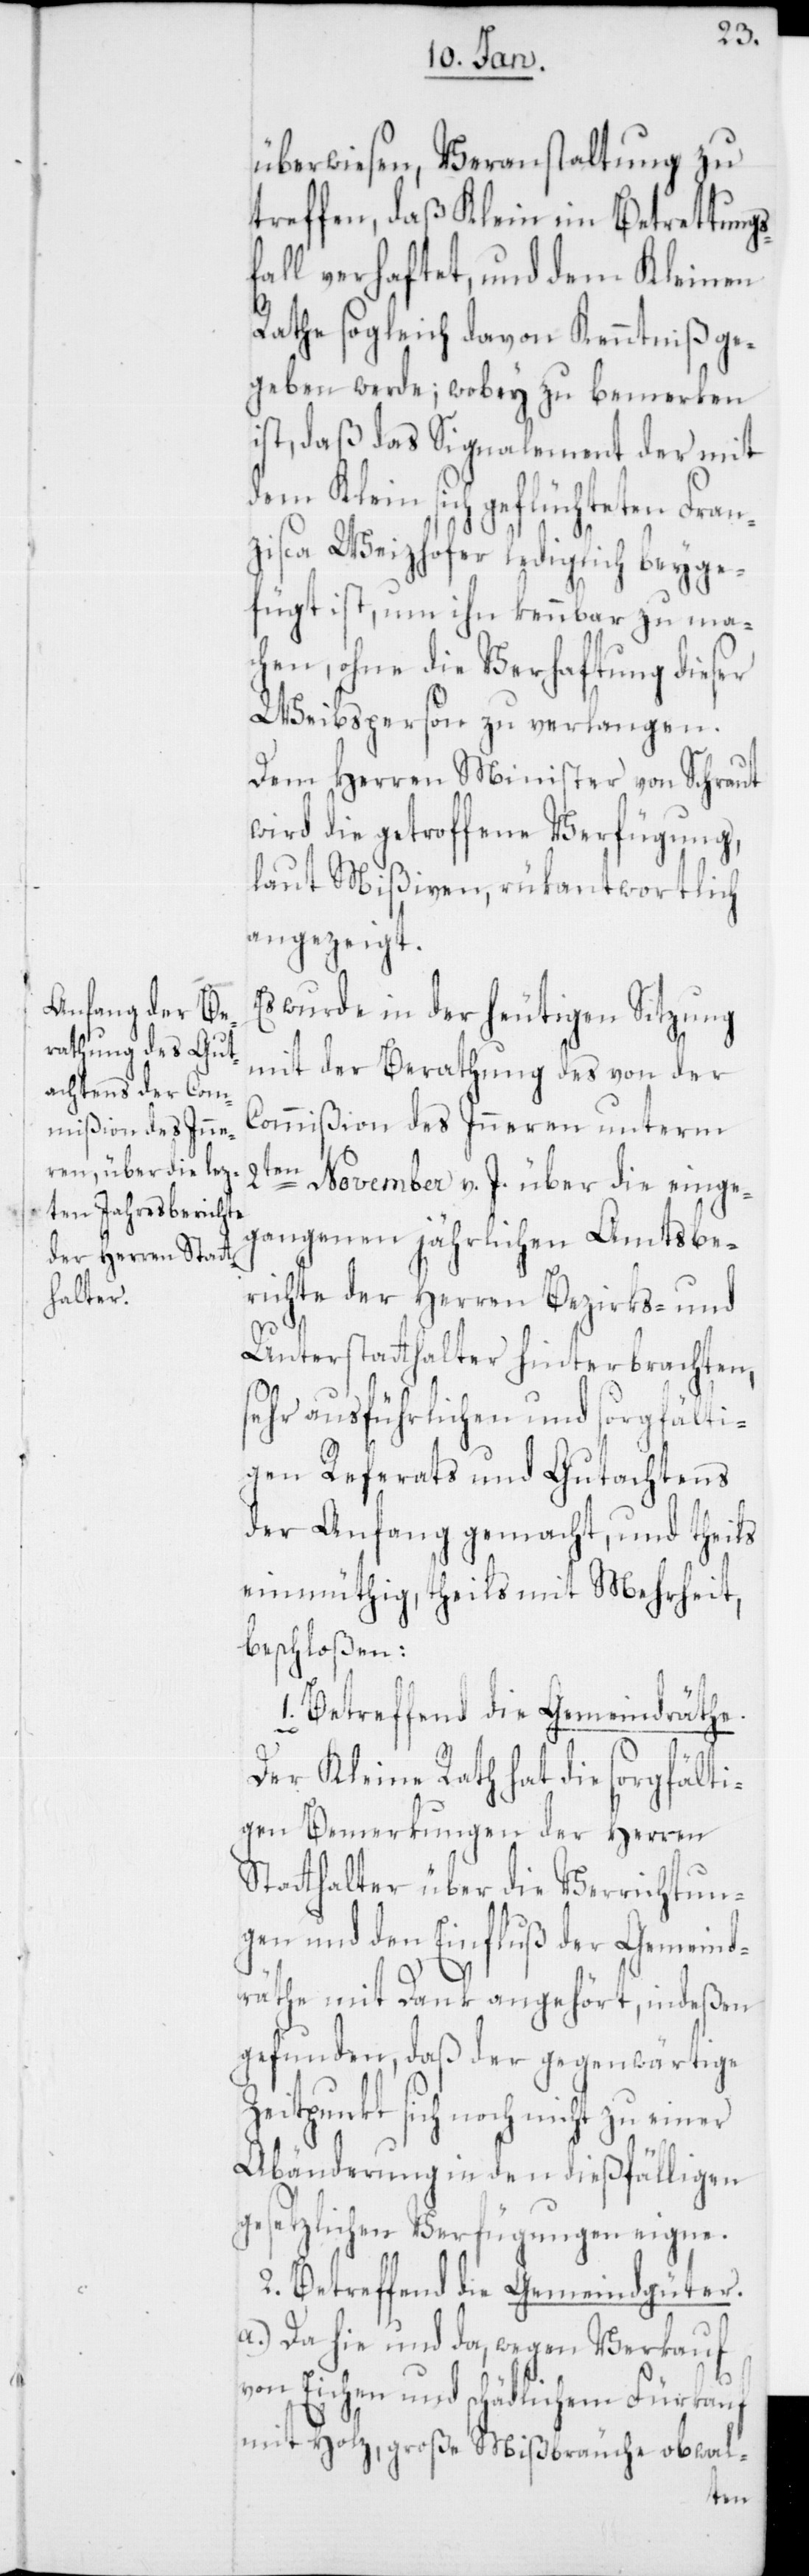
überwiesen, Veranstaltung zu
treffen, daß Klein im Betrettungs¬
fall verhaftet, und dem Kleinen
Rathe sogleich davon Kenntniß ge¬
geben werde; wobey zu bemerken
ist, daß das Signalement der mit
dem Klein sich geflüchteten Fran¬
zisca Weizhofer lediglich beyge¬
fügt ist, um ihn kennbar zu ma¬
chen, ohne die Verhaftung dieser
Weibsperson zu verlangen.
Dem Herren Minister von Schraut
wird die getroffene Verfügung,
laut Mißiven, rükantwortlich
angezeigt.
Es wurde in der heutigen Sitzung
mit der Berathung des von der
Commißion des Inneren unterm
November v. J. über die einge¬
gangenen jährlichen Amtsbe¬
richte der Herren Bezirks- und
Unterstatthalter hinterbrachten,
sehr ausführlichen und sorgfälti¬
gen Referats und Gutachtens
der Anfang gemacht, und theils
einmüthig, theils mit Mehrheit,
beschloßen:
1. Betreffend die Gemeindräthe.
Der Kleine Rath hat die sorgfälti¬
gen Bemerkungen der Herren
Statthalter über die Verrichtun¬
gen und den Einfluß der Gemeind¬
räthe mit Dank angehört, indeßen
gefunden, daß der gegenwärtige
Zeitpunkt sich noch nicht zu einer
Abänderung in den dießfälligen
gesetzlichen Verfügungen eigne.
2. Betreffend die Gemeindgüter.
a.) Da hie und da, wegen Verkauf
von Eichen und schädlichem Fürkauf
mit Holz, große Mißbräuche obwal-
2ten